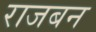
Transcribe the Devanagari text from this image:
राजबन